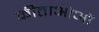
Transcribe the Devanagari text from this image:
कीताओओं